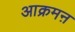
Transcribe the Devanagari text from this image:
आक्रमऩ